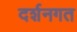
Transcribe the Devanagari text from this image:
दर्शनगत